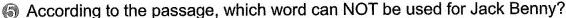
5According to the passage, which word can NOT be used for Jack Benny?